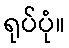
ရုပ်ပုံ။